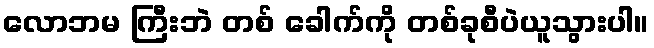
လောဘမ ကြီးဘဲ တစ် ခေါက်ကို တစ်ခုစီပဲယူသွားပါ။